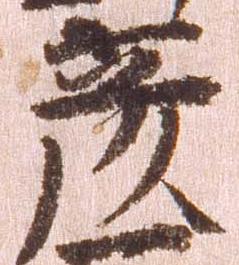
彦